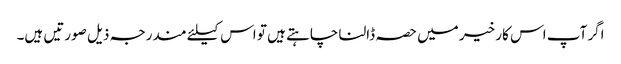
اگر آپ اس کار خیر میں حصہ ڈالنا چاہتے ہیں تو اس کیلئے مندرجہ ذیل صورتیں ہیں۔